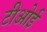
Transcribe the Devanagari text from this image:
टीओई